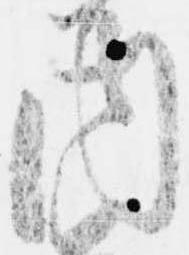
内